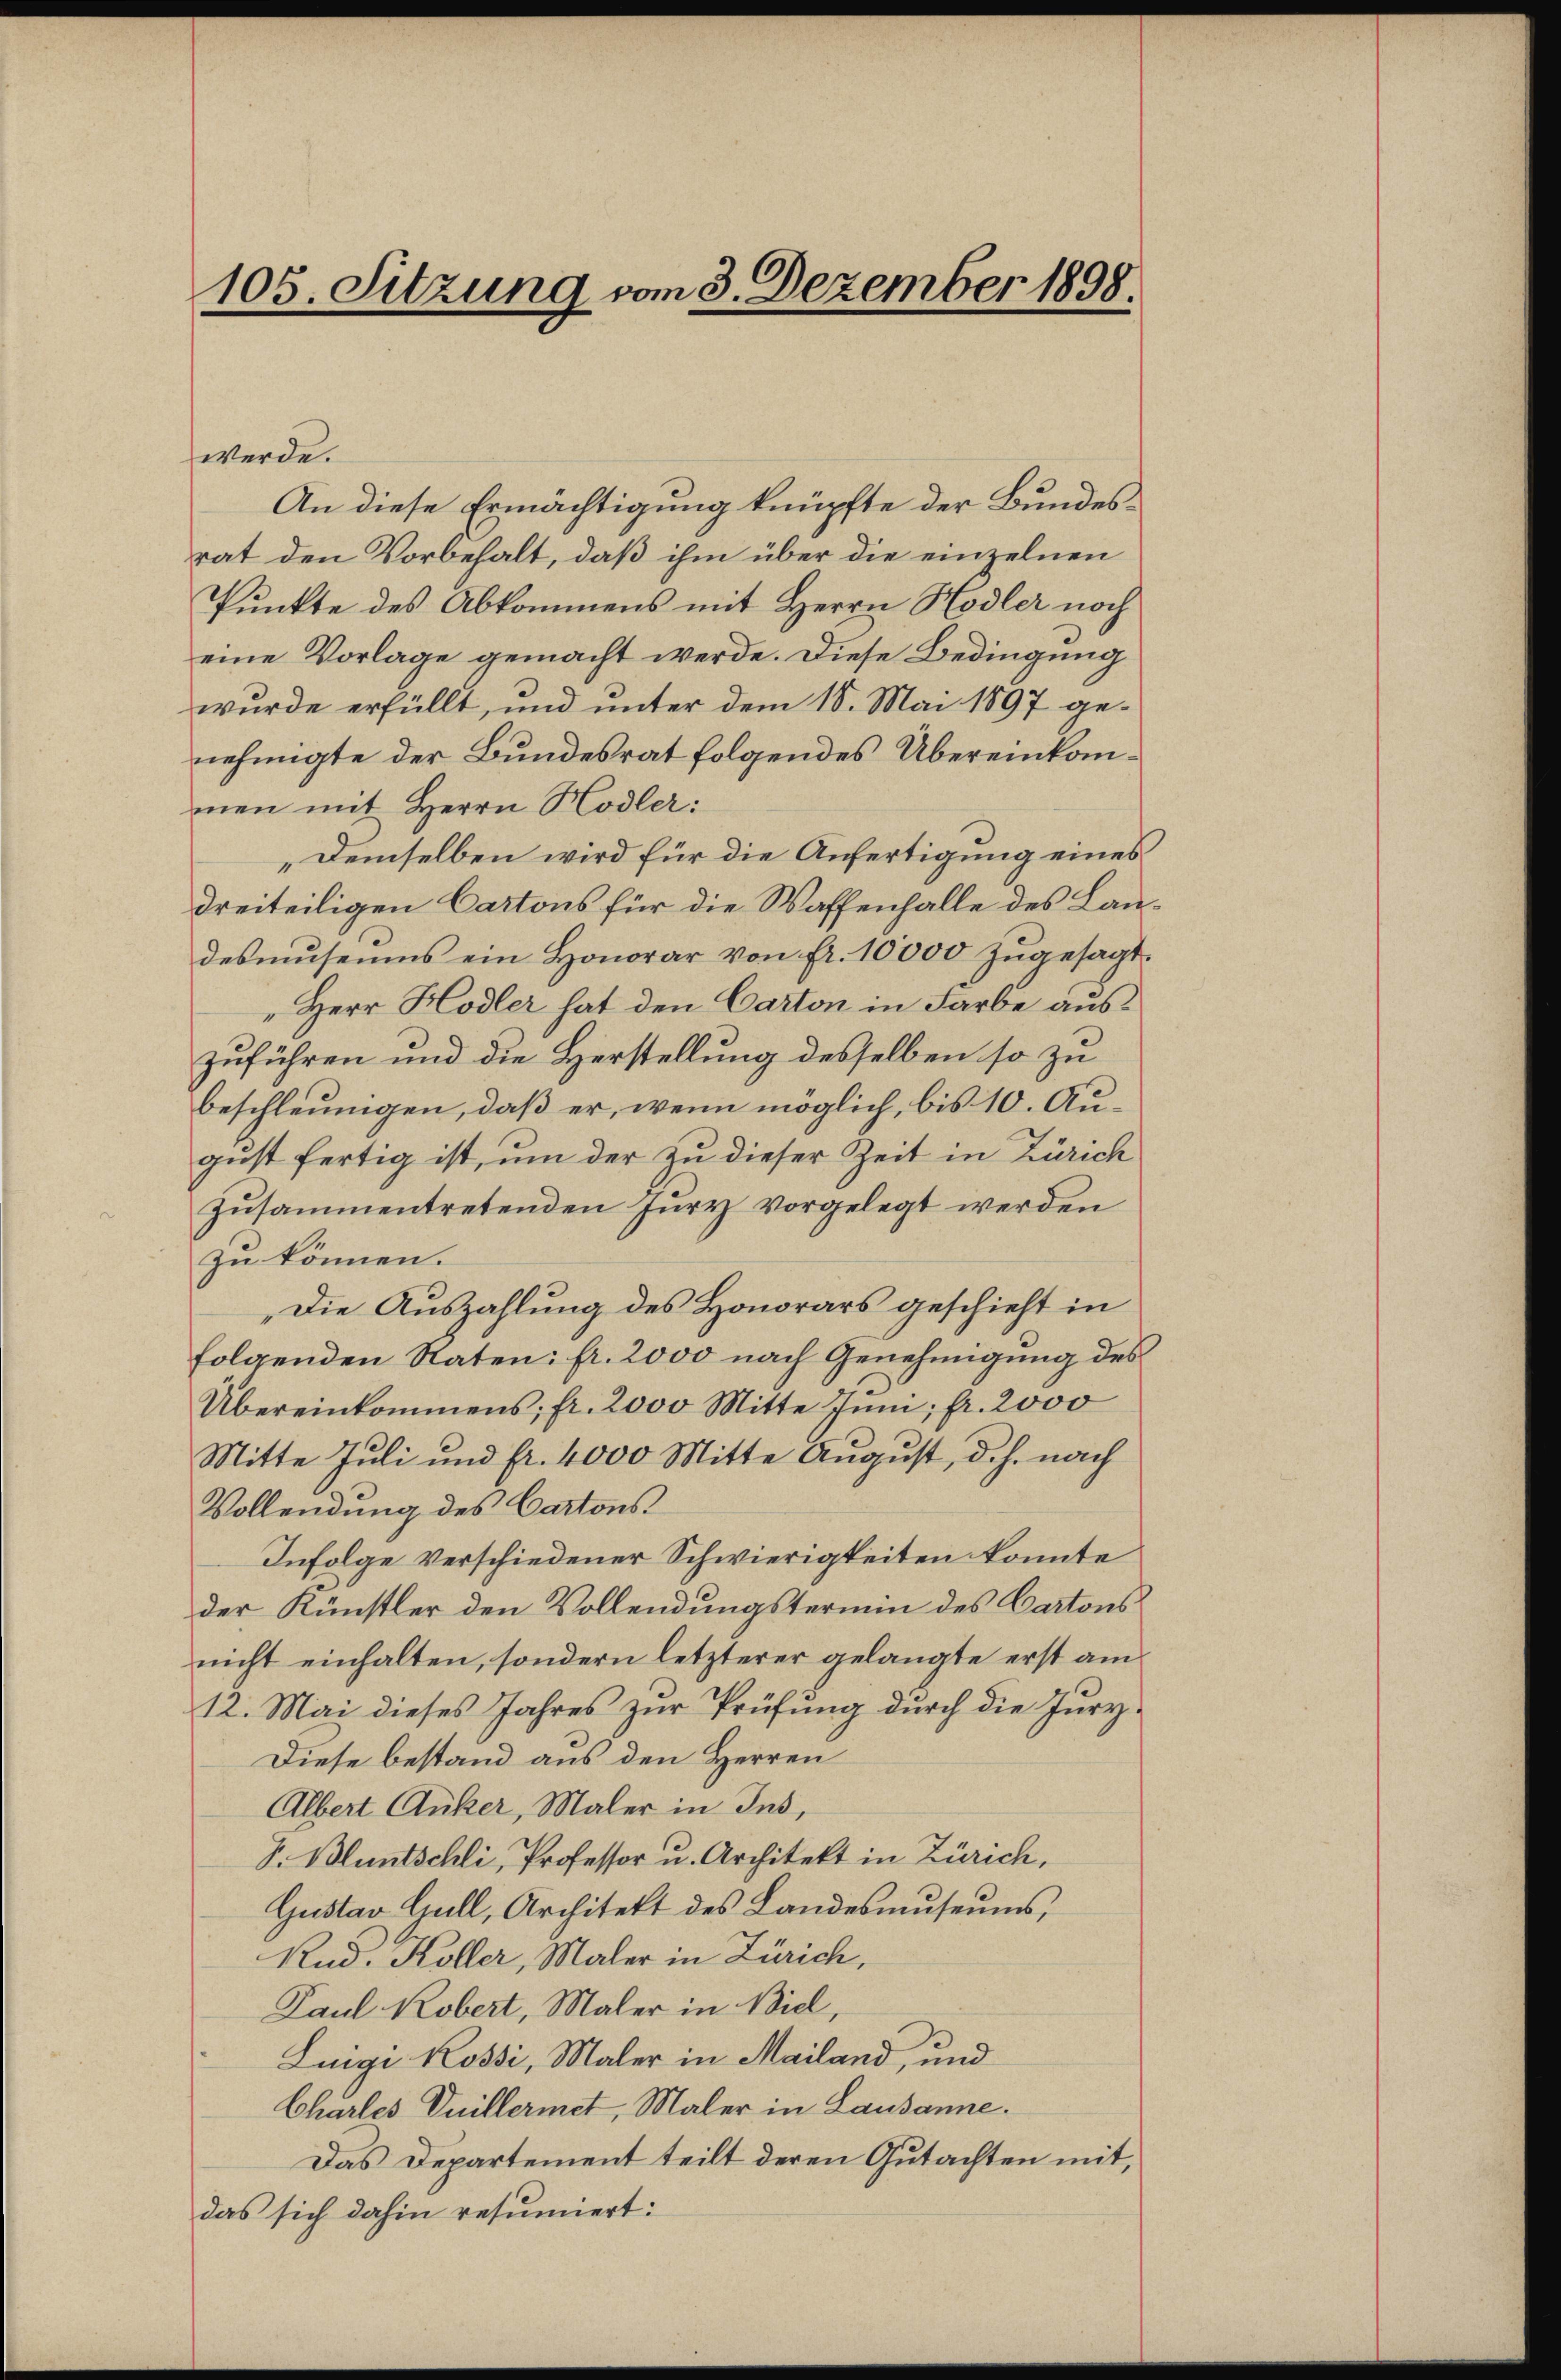
105. Sitzung vom 3. Dezember 1898.

werde.
An diese Ermächtigung knüpfte der Bundesrat den Vorbehalt, daß ihm über die einzelnen
Punkte des Abkommens mit Herrn Hodler noch
eine Vorlage gemacht werde. Diese Bedingung
wurde erfüllt, und unter dem 18. Mai 1897 genehmigte der Bundesrat folgendes Übereinkommen mit Herrn Hodler:
„Demselben wird für die Anfertigung eines
dreiteiligen Cartons für die Waffenhalle des Landesmuseums ein Honorar von fr. 10000 zugesagt.
"Herr Hodler hat den Carton in Farbe auszuführen und die Herstellung desselben so zu
beschleunigen, daß er, wenn möglich, bis 10. August fertig ist, um der zu dieser Zeit in Zürich
zŭsammentretenden Jury vorgelegt werden
zu können.
Die Auszahlung des Honorars geschieht in
folgenden Raten: fr. 2000 nach Genehmigung des
Übereinkommens; fr. 2000 Mitte Inni; fr. 2000
Mitte Juli und fr. 4000 Mitte August, d.h. nach
Vollendung des Cartons
Infolge verschiedener Schwierigkeiten konnte
der Künstler den Vollendungstermin des Cartons
nicht einhalten, sondern letzterer gelangte erst am
12. Mai dieses Jahres zur Prüfung durch die Jury¬
Diese bestand aus den Herren
Albert Anker, Maler in Ins,
J. Bluntschli, Professor u. Architekt in Zürich,
Gustav Gull, Architekt des Landesmuseums,
Rud. Koller, Maler in Zürich,
Paul Kobert, Maler in Biel,
Luigi Rossi, Maler in Mailand, und
Charles Vuillermet, Maler in Lausanne.
Das Departement teilt deren Gutachten mit,
das sich dahin resumiert: